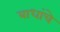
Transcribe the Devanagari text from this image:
बाधांचे